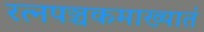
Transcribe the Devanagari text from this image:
रत्‍नपञ्चकमाख्यातं